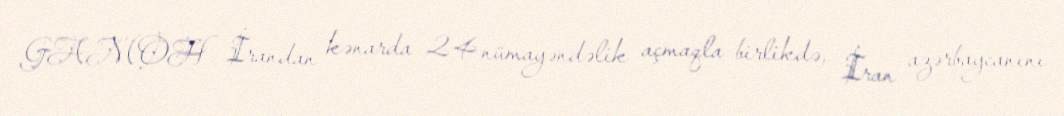
GAMOH İrandan kənarda 24 nümayəndəlik açmaqla birlikdə, İran azərbaycanını